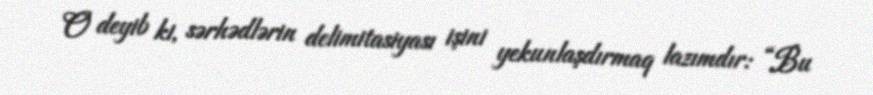
O deyib ki, sərhədlərin delimitasiyası işini yekunlaşdırmaq lazımdır: “Bu